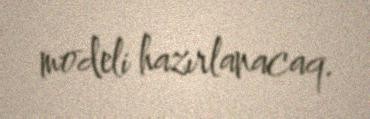
modeli hazırlanacaq.